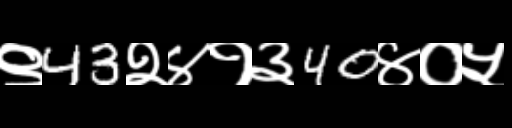
Text: ९43२४१३40४०५